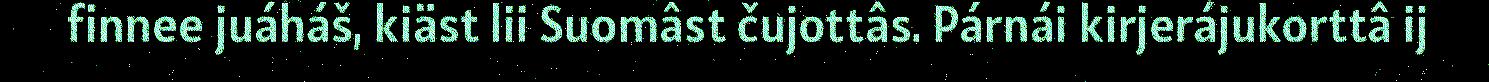
finnee juáháš, kiäst lii Suomâst čujottâs. Párnái kirjerájukorttâ ij